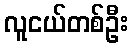
လူငယ်တစ်ဦး